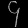
Digit: ၄